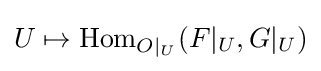
U\mapsto \operatorname {Hom} _{O|_{U}}(F|_{U},G|_{U})